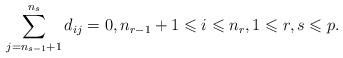
LaTeX: \begin{align*} \sum_{j=n_{s-1}+1}^{n_{s}}d_{ij}= 0, n_{r-1}+1 \leqslant i \leqslant n_{r}, 1 \leqslant r,s \leqslant p. \end{align*}